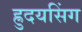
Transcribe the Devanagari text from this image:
ह्रुदयसिंग